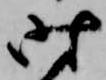
時